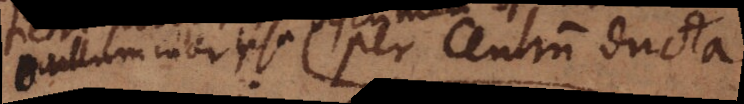
nullum inter ipsa per centrum ducta